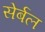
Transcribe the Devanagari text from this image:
सेर्बल